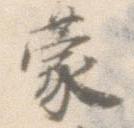
蒙